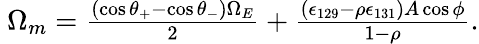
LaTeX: \begin{array}{r}{~\Omega_{m}=\frac{(\cos\theta_{+}-\cos\theta_{-})\Omega_{E}}{2}+\frac{(\epsilon_{129}-\rho\epsilon_{131})A\cos\phi}{1-\rho}.}\end{array}